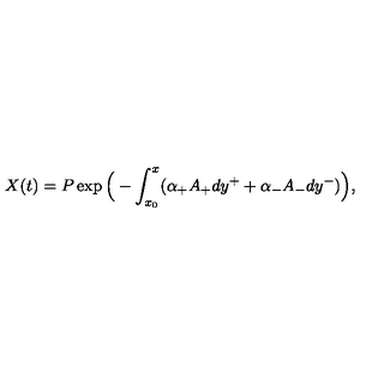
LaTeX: X ( t ) = P \exp \Big ( - \int _ { x _ { 0 } } ^ { x } ( \alpha _ { + } A _ { + } d y ^ { + } + \alpha _ { - } A _ { - } d y ^ { - } ) \Big ) ,